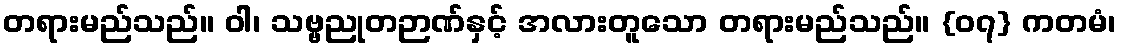
တရားမည်သည်။ ဝါ၊ သဗ္ဗညုတဉာဏ်နှင့် အလားတူသော တရားမည်သည်။ {၀၇} ကတမံ၊